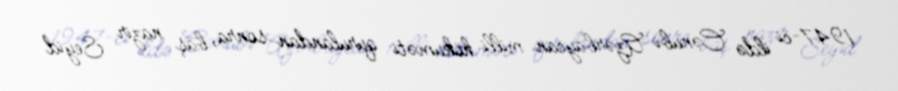
1947-ci ildə Cənubi Azərbaycan milli hökuməti qurulandan sonra, baş nazir Seyid